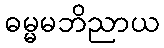
ဓမ္မမဘိညာယ